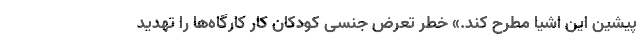
پیشین این اشیا مطرح کند.» خطر تعرض جنسی کودکان کارِ کارگاه‌ها را تهدید